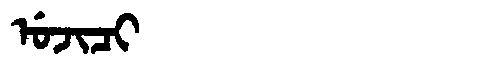
Manchu: ᡠᠵᡳᠴᡳ
Romanization: UJICI